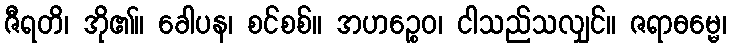
ဇီရတိ၊ အို၏။ ခေါပန၊ စင်စစ်။ အဟဉ္စေဝ၊ ငါသည်သလျှင်။ ဇရာဓမ္မေ၊